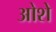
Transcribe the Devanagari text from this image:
ओशे